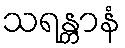
သရန္တာနံ